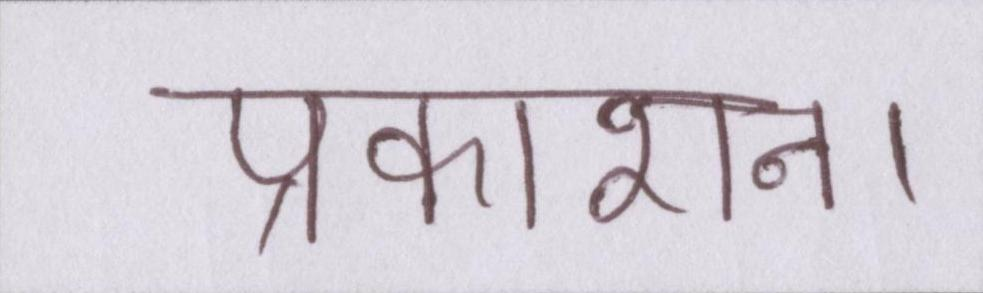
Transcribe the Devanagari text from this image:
प्रकाशन।